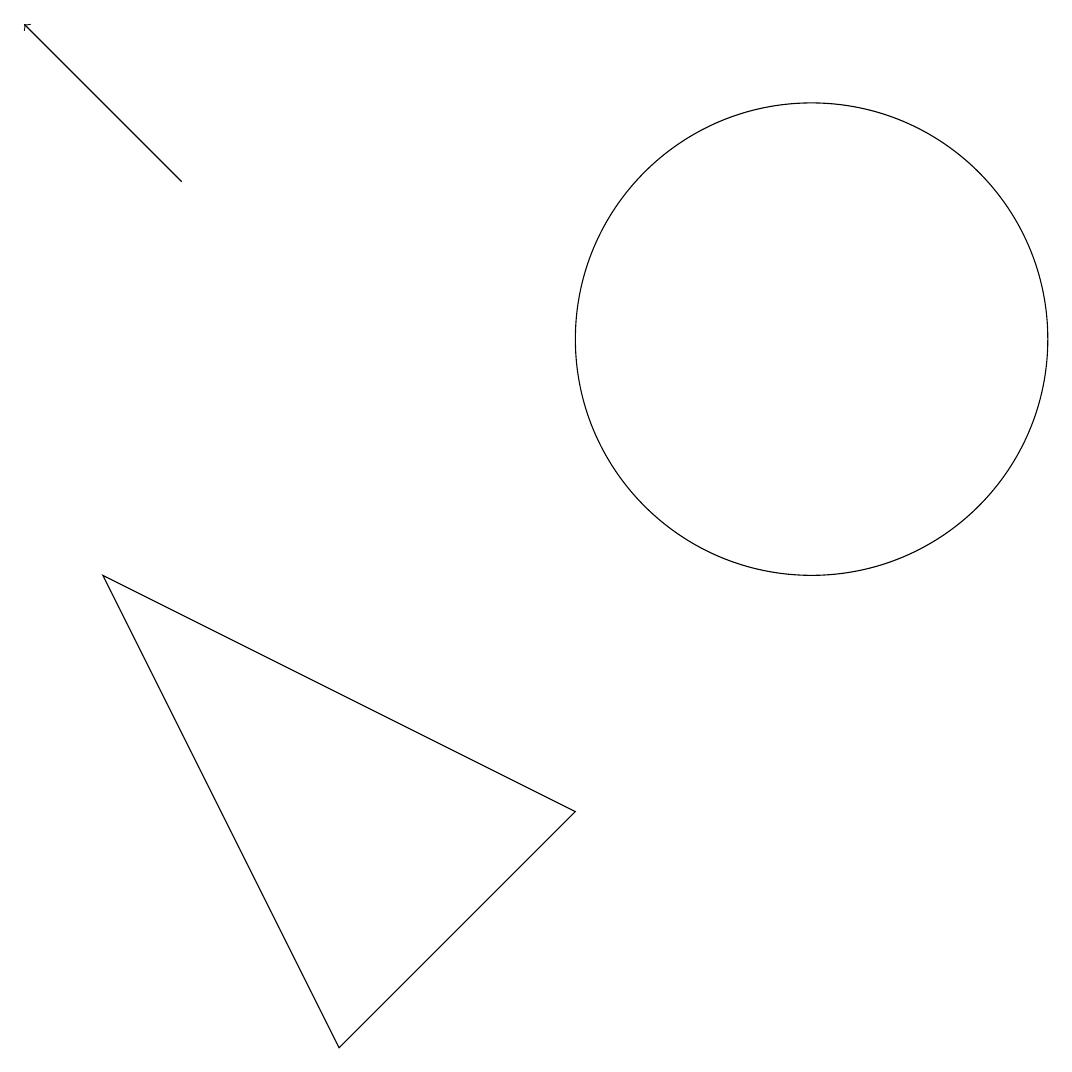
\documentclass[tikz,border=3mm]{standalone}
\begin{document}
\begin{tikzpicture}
\draw (3,7) -- (9,4) -- (6,1) -- cycle;
\draw (12,10) circle (3);
\draw[->] (4,12) -- (2,14);
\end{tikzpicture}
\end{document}